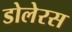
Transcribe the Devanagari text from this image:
डोलेरस